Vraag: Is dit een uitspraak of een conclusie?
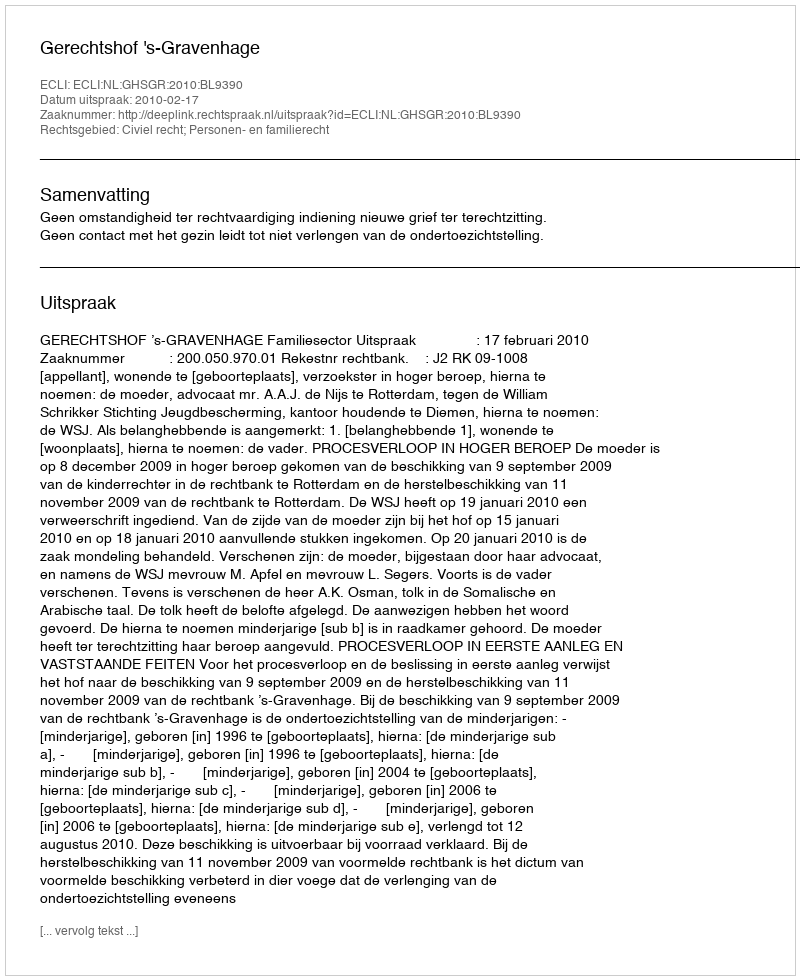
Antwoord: Uitspraak